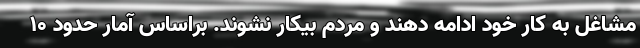
مشاغل به کار خود ادامه دهند و مردم بیکار نشوند. براساس آمار حدود 10